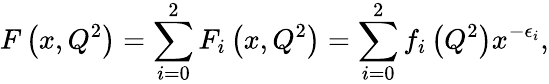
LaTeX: F\left(x,Q^{2}\right)=\sum_{i=0}^{2}F_{i}\left(x,Q^{2}\right)=\sum_{i=0}^{2}f_{i}\left(Q^{2}\right)x^{-\epsilon_{i}},